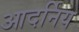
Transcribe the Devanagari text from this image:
आदर्निय